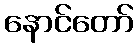
နောင်တော်